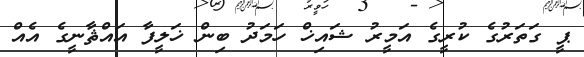
ޕީ ގަތަރުގެ ކުރީގެ އަމީރު ޝައިޚް ހަމަދު ބިން ޚަލީފާ އައްޘާނީގެ އެއް